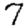
Digit: 7